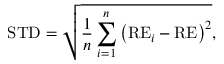
\mathrm { { S T D } } = \sqrt { \frac { 1 } { n } \sum _ { i = 1 } ^ { n } \left( \mathrm { { R E } } _ { i } - \mathrm { { R E } } \right) ^ { 2 } } ,